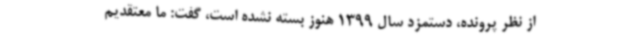
از نظر پرونده، دستمزد سال 1399 هنوز بسته نشده است، گفت: ما معتقدیم